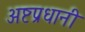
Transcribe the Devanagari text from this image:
अष्टप्रधानी